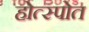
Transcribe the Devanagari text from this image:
होत्स्पोत